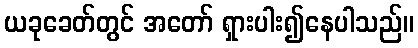
ယခုခေတ်တွင် အတော် ရှားပါး၍နေပါသည်။